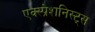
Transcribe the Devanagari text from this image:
एक्स्प्रेशनिस्ट्स